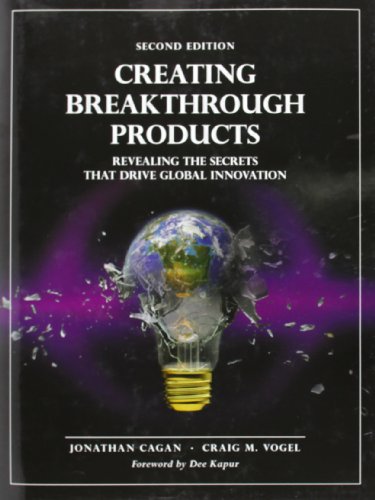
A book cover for Creating Breakthrough Products: Revealing the Secrets that Drive Global Innovation (2nd Edition); Jonathan Cagan; Business & Money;